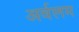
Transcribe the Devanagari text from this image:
अर्वलम